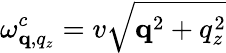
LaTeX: \omega_{\mathbf q,q_{z}}^{c}=v\sqrt{\mathbf q^{2}+q_{z}^{2}}